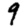
Digit: 9